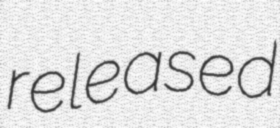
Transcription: released